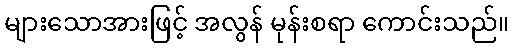
များသောအားဖြင့် အလွန် မုန်းစရာ ကောင်းသည်။